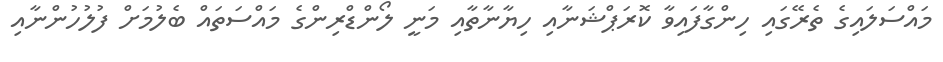
މައްސަލައިގެ ތެރޭގައި ހިންގާފައިވާ ކޮރަޕްޝަނާއި ހިޔާނާތާއި މަނީ ލޯންޑްރިންގެ މައްސަތައް ބެލުމަށް ފުލުހުންނާއި